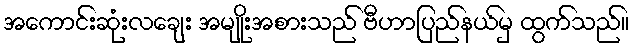
အကောင်းဆုံးလချေး အမျိုးအစားသည် ဗီဟာပြည်နယ်မှ ထွက်သည်။